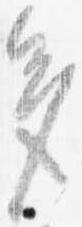
多